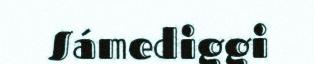
Sámediggi